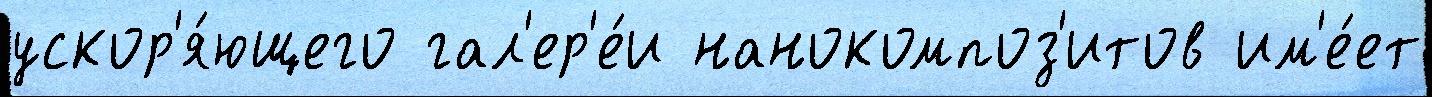
ускор'я́ющего гал'ер'е́и нанокомпоз'итов им'е́ет